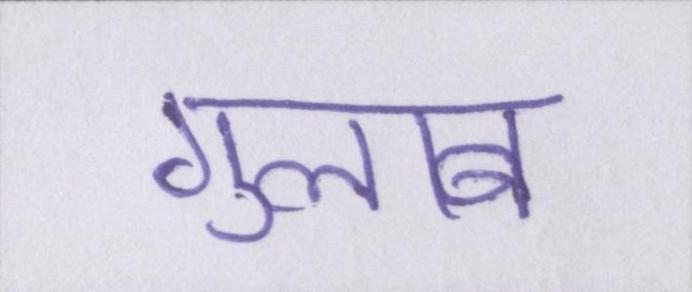
गुलाब